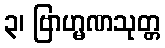
၃၊ ဗြာဟ္မဏသုတ္တ